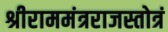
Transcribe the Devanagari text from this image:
श्रीराममंत्रराजस्तोत्रं